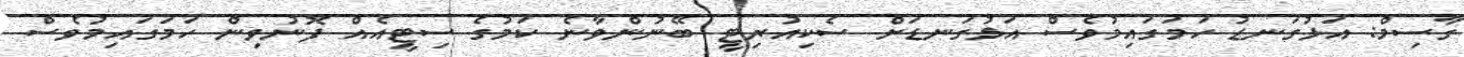
ގާސިމް: އަޅުގަނޑު ހަމަގައިމުވެސް އަޅުގަނޑަށް ސެކިއުރިޓީ ބޭނުންވާނެ ކަމުގެ ސިޓީއެއް ފޮނުވިން ހަމަގައިމުވެސް